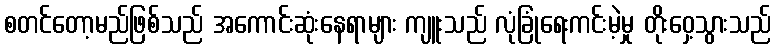
စတင်တော့မည်ဖြစ်သည် အကောင်းဆုံးနေရာများ ကျူးသည် လုံခြုံရေးကင်းမဲ့မှု တိုးဝှေ့သွားသည်